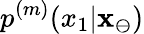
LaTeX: p^{(m)}(x_{1}|\mathbf{x}_{\ominus})